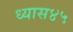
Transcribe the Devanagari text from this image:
ध्यास४५